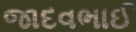
જાદવભાઈ